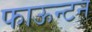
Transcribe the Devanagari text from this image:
फाऊन्टन